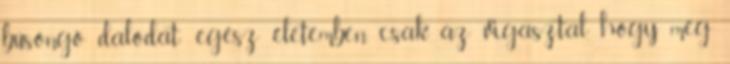
búsongó dalodat: egész életemben, csak az vigasztal, hogy meg